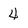
Character: 4